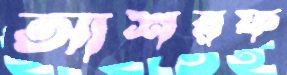
আশরফ